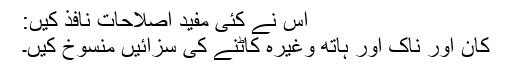
اس نے کئی مفید اصلاحات نافذ کیں:
کان اور ناک اور ہاتھ وغیرہ کاٹنے کی سزائیں منسوخ کیں۔